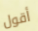
أقول